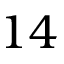
1 4